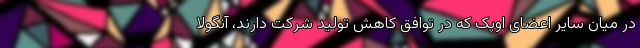
در میان سایر اعضای اوپک که در توافق کاهش تولید شرکت دارند، آنگولا